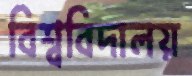
বিশ্ববিদালয়